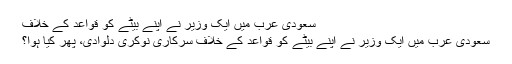
سعودی عرب میں ایک وزیر نے اپنے بیٹے کو قواعد کے خلاف
سعودی عرب میں ایک وزیر نے اپنے بیٹے کو قواعد کے خلاف سرکاری نوکری دلوادی، پھر کیا ہوا؟